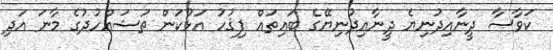
ކަވާސާ ދީނާއިދުނިޔެ ދީނާއިދުނިޔޭގެ ބައިތައް ފިޤުހު އަޅުކަން ތަޝައްހުދުގެ މާނަ އަދި